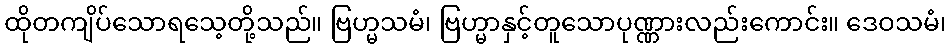
ထိုတကျိပ်သောရသေ့တို့သည်။ ဗြဟ္မသမံ၊ ဗြဟ္မာနှင့်တူသောပုဏ္ဏားလည်းကောင်း။ ဒေဝသမံ၊